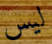
ليس